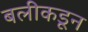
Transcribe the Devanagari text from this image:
बलीकडून